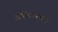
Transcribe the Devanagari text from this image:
संगीतानुभव